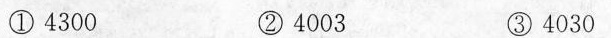
①4300 ②4003 ③4030